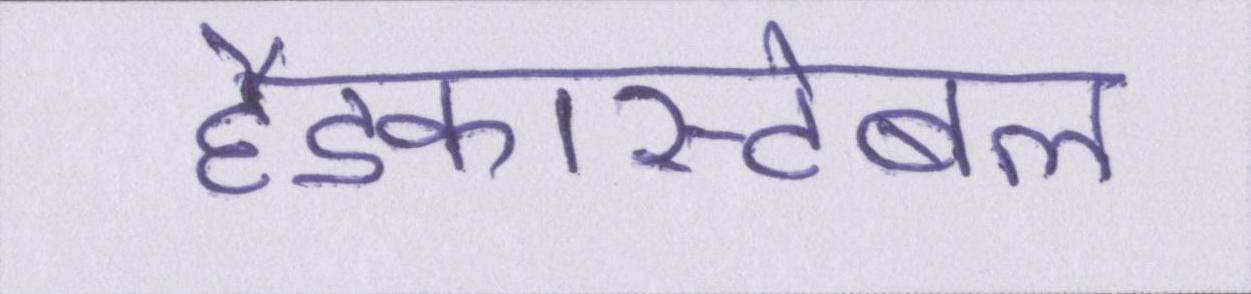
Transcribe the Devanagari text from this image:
हैडकांस्टेबल